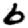
Digit: 6